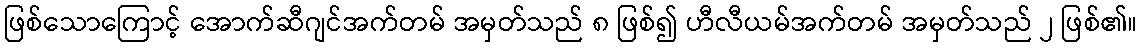
ဖြစ်သောကြောင့် အောက်ဆီဂျင်အက်တမ် အမှတ်သည် ၈ ဖြစ်၍ ဟီလီယမ်အက်တမ် အမှတ်သည် ၂ ဖြစ်၏။